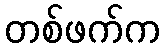
တစ်ဖက်က